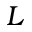
L